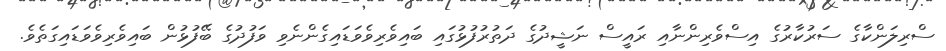
ސްރިލަންކާގެ ސަރުކާރުގެ އިސްވެރިންނާއި ރައީސް ނަޝީދުގެ ދަތުރުފުޅުގައި ބައިވެރިވެވަޑައިގެންނެވި ވަފުދުގެ ބޭފުޅުން ބައިވެރިވެވަޑައިގަތެވެ.